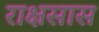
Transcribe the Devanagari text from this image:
राक्षसास